Senior Leaving Certificate Examination (including Day School Certificate (Higher) General paper), 1946
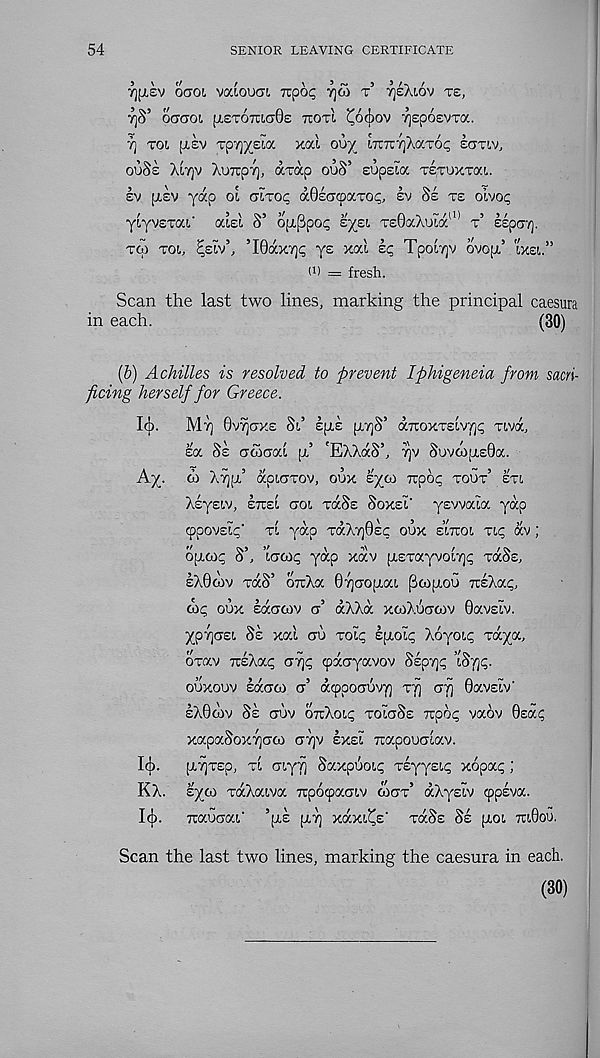
54
SENIOR LEAVING CERTIFICATE
7][lev oaoi vaiooCTi repot; tjw r tjeXiov te,
7)S’ 6(7(701 [LETOTUctQe TIOxl ^6<ilOV TJSpOEVTOC.
7) TOt, [LEV TpTj^Eia X0(.l OO/ LTCTCTjXoCTOi^ ECTTIV,
ouSe Xltjv XuTrpT], arap ouS’ sopsia TETUxxai.
sv [lev yap oi aiTop aSsccpocTO^, lv 8e te oivop
yiyvETai' aisl S’ opi^poc; sysi T£0aXoidc ll) t’ EspaT).
to) tot Eew’j ’I0ax7jc ys xal sp TpoiTjv ovopi’ ixel”
()) = fresh.
Scan the last two lines, marking the principal caesura
in each.
(30)
(b) Achilles is resolved to prevent Iphigeneia from sacri-
ficing herself for Greece.
IcJ).
Mt] Gvtjtxe Si.’ e[le pyS 5 axoxTELvyp Tiva,
la 8e <7G7(7cd jl’ 'EXXaS’, t)v Suvo>[LE0a.
Ay. d) X7][l’ apLCTTov, oux syoa ttooc tout’ eti
XiEysiv, etce! cro!. tocSe Soxe? yswala yap
cppovsip* tl yap TaX7]0Ec oux e’itioi Tip av;
opioip S’, ’lacop yap xav [LETayvoc/jp tocSe,
eX0o)v TaS’ orrXa 07jao[Lai Pcopiou TrsXap,
cup oux sacrcov ct’ aXXa xoiXuawv Oavsiv.
yp7]CTEi Se xal au Toip EfLoip Xoyoip Taya,
oxav TOXap CT'^p cpacryavov Sspvjp tSyp.
ouxouv Eacrco cr’ acppoauvy] tt) arj 0avsiv'
sX0d)v Se auv orcXoip toioSe Trpop vaov 0sap
xapaSoxyao) cttjv exei Tuapouaiav.
Icj).
[LTjTEp, ti aiyf] Saxpuoip Tsyysip xopap ;
KX. syo) TaXaiva Ttpocpacnv coctt’ aXysiv cppevoc.
Icj).
Traucai' ’[le [lt] xaxi^s' tocSe Se [loi tuOou.
Scan the last two lines, marking the caesura in each.
(30)